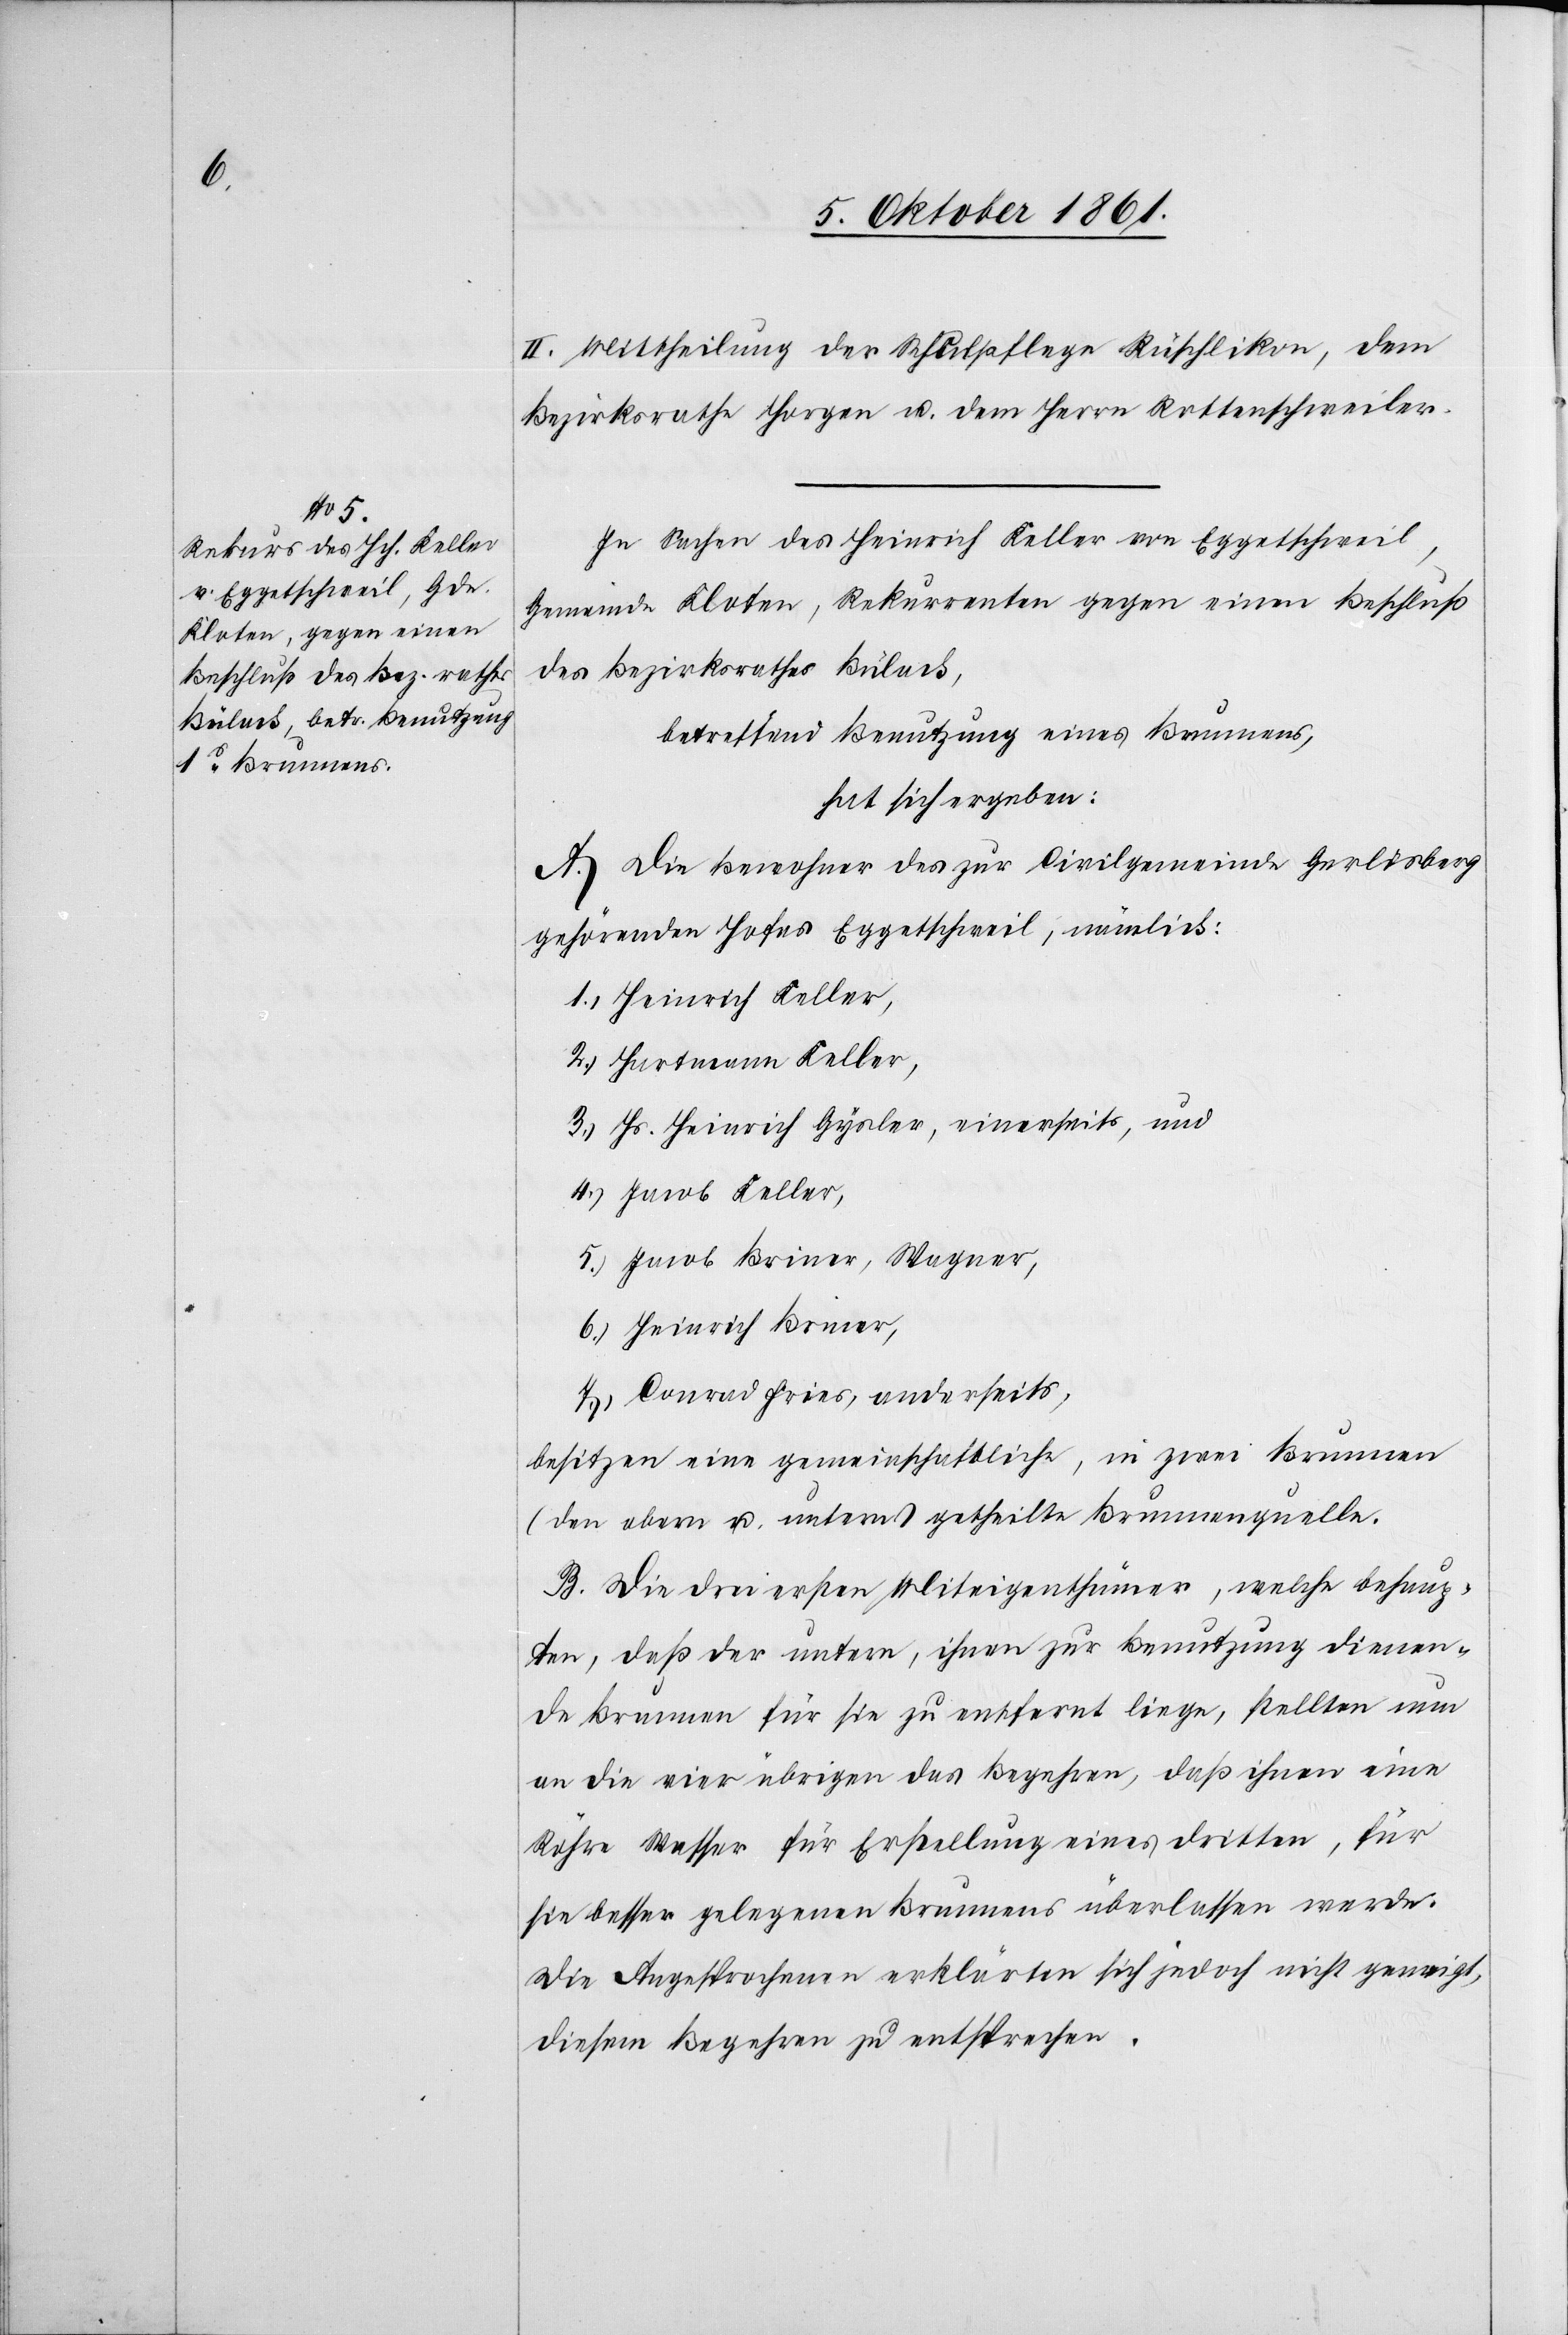
II. Mittheilung der Schulpflege Rüschlikon, dem
Bezirksrathe Horgen u. dem Herrn Rottenschweiler.
In Sachen des Heinrich Keller von Eggetschweil,
Gemeinde Kloten, Rekurrenten gegen einen Beschluß
des Bezirksrathes Bülach,
betreffend Benutzung eines Brunnens,
hat sich ergeben:
A. Die Bewohner des zur Civilgemeinde Gerlisberg
gehörenden Eggetschweil, nämlich:
1.) Heinrich Keller,
2.) Hartmann Keller,
3.) Hs. Heinrich Gysler, einerseits, und
4.) Jacob Keller,
5.) Jacob Briner, Wagner,
6.) Heinrich Briner,
7.) Conrad Fries, anderseits,
besitzen eine gemeinschaftliche, in zwei Brunnen
(den obern u. untern) getheilte Brunnenquelle.
B. Die drei ersten Miteigenthümer, welche zwei behaup¬
ten, daß der untere, ihnen zur Benutzung dienen¬
de Brunnen für sie zu entfernt liege, stellten nun
an die vier übrigen das Begehren, daß ihnen eine
Röhre Wasser für Erstellung eines dritten, für
sie besser gelegenen Brunnens überlassen werde.
Die Angesprochenen erklären sich jedoch nicht geneigt,
diesem Begehren zu entsprechen